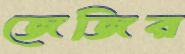
জেজির